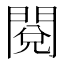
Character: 閱